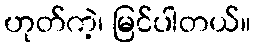
ဟုတ်ကဲ့၊ မြင်ပါတယ်။